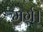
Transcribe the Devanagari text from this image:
मर्ग।